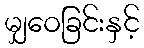
မျှဝေခြင်းနှင့်